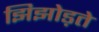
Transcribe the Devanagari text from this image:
झिझोड़ते